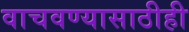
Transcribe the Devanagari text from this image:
वाचवण्यासाठीही